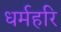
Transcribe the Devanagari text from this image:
धर्महरि